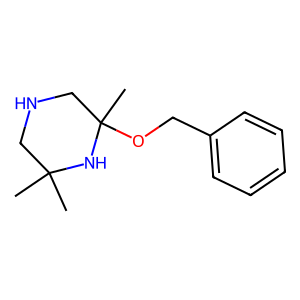
SMILES: CC1(C)CNCC(C)(OCc2ccccc2)N1
Inhibits HIV replication: No